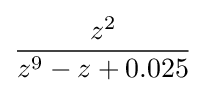
{\frac {z^{2}}{z^{9}-z+0.025}}